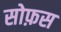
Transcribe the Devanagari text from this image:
सोफ़स